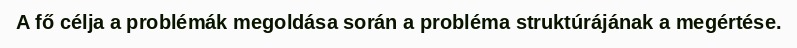
A fő célja a problémák megoldása során a probléma struktúrájának a megértése.